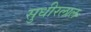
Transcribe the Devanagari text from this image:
सुधीरलाल